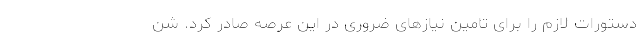
دستورات لازم را برای تامین نیازهای ضروری در این عرصه صادر کرد. شن